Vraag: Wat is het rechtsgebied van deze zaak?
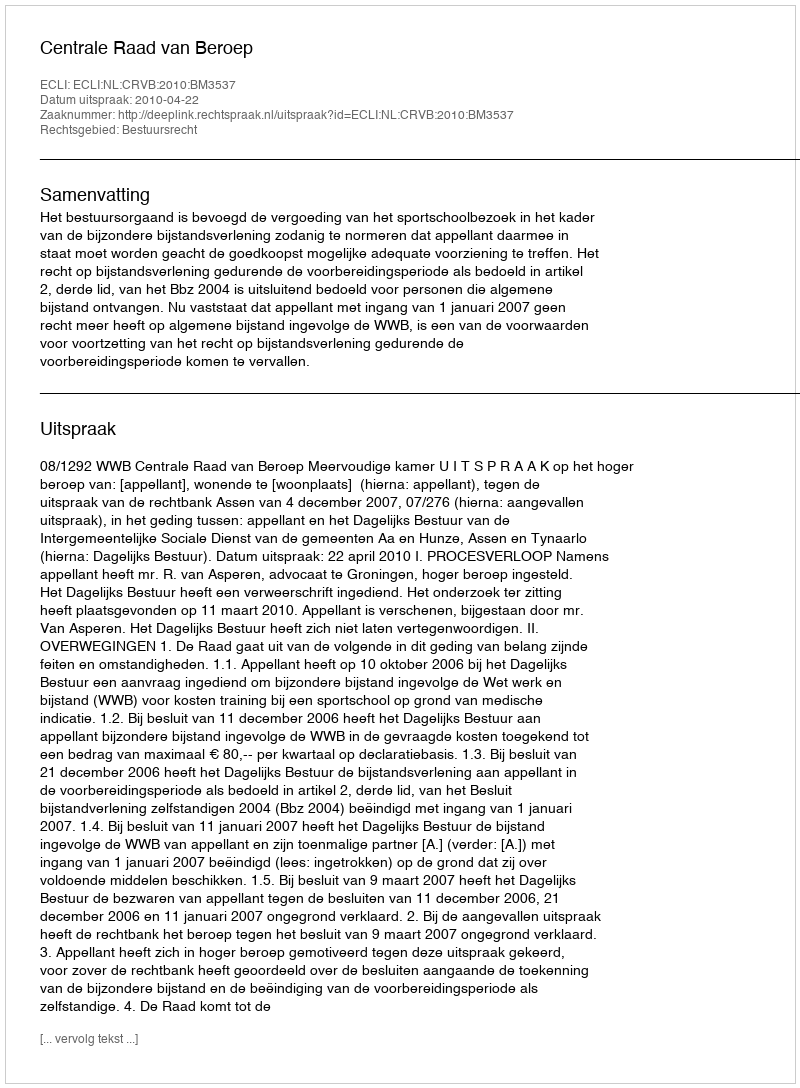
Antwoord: Bestuursrecht